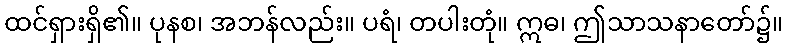
ထင်ရှားရှိ၏။ ပုနစ၊ အဘန်လည်း။ ပရံ၊ တပါးတုံ။ ဣဓ၊ ဤသာသနာတော်၌။